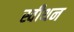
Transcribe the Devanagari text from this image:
स्वीथन